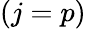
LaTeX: (j=p)